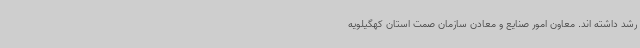
رشد داشته اند. معاون امور صنایع و معادن سازمان صمت استان کهگیلویه